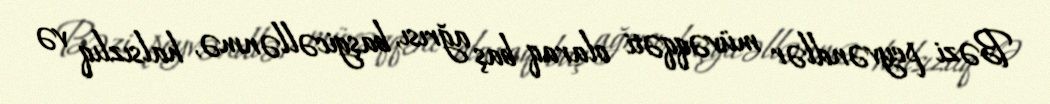
Bəzi peyvəndlər müvəqqəti olaraq baş ağrısı, başgicəllənmə, halsızlıq və